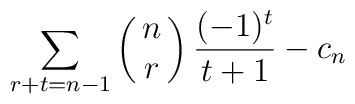
\sum_{r+t=n-1} \pmatrix{n \cr r} \frac{ (-1)^t }{t+1} - c_n